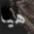
هيا